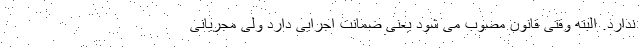
ندارد. البته وقتی قانون مصوب می شود یعنی ضمانت اجرایی دارد ولی مجریانی